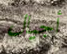
أجيال